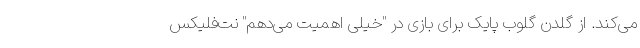
می‌کند. از گلدن گلوب پایک برای بازی در "خیلی اهمیت می‌دهم" نت‌فلیکس